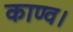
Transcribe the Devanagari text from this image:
काण्व।